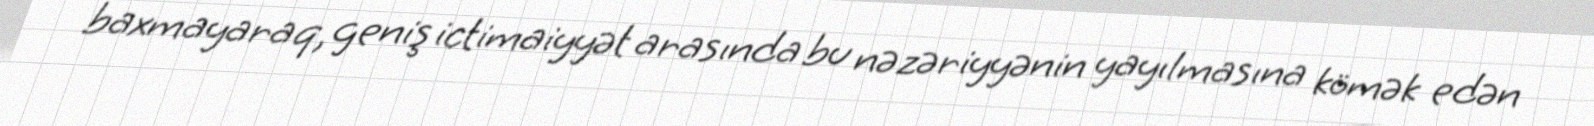
baxmayaraq, geniş ictimaiyyət arasında bu nəzəriyyənin yayılmasına kömək edən